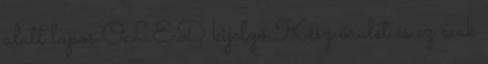
alatt lapos OLED kijelző Kész őrület és ez csak